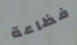
فظاعة